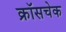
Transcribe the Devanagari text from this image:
क्रॉसचेक